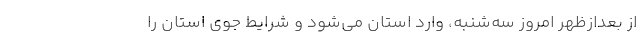
از بعدازظهر امروز سه‌شنبه، وارد استان می‌شود و شرایط جوی استان را